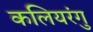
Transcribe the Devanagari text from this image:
कलियरंगु